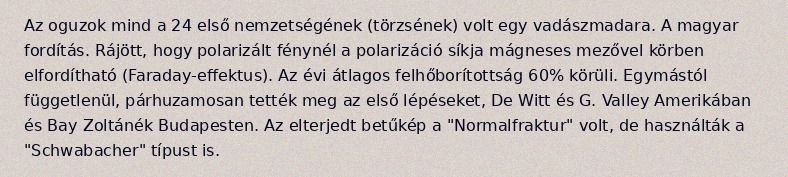
Az oguzok mind a 24 első nemzetségének (törzsének) volt egy vadászmadara. A magyar fordítás. Rájött, hogy polarizált fénynél a polarizáció síkja mágneses mezővel körben elfordítható (Faraday-effektus). Az évi átlagos felhőborítottság 60% körüli. Egymástól függetlenül, párhuzamosan tették meg az első lépéseket, De Witt és G. Valley Amerikában és Bay Zoltánék Budapesten. Az elterjedt betűkép a "Normalfraktur" volt, de használták a "Schwabacher" típust is.